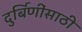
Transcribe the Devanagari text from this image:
दुर्बिणींसाठी